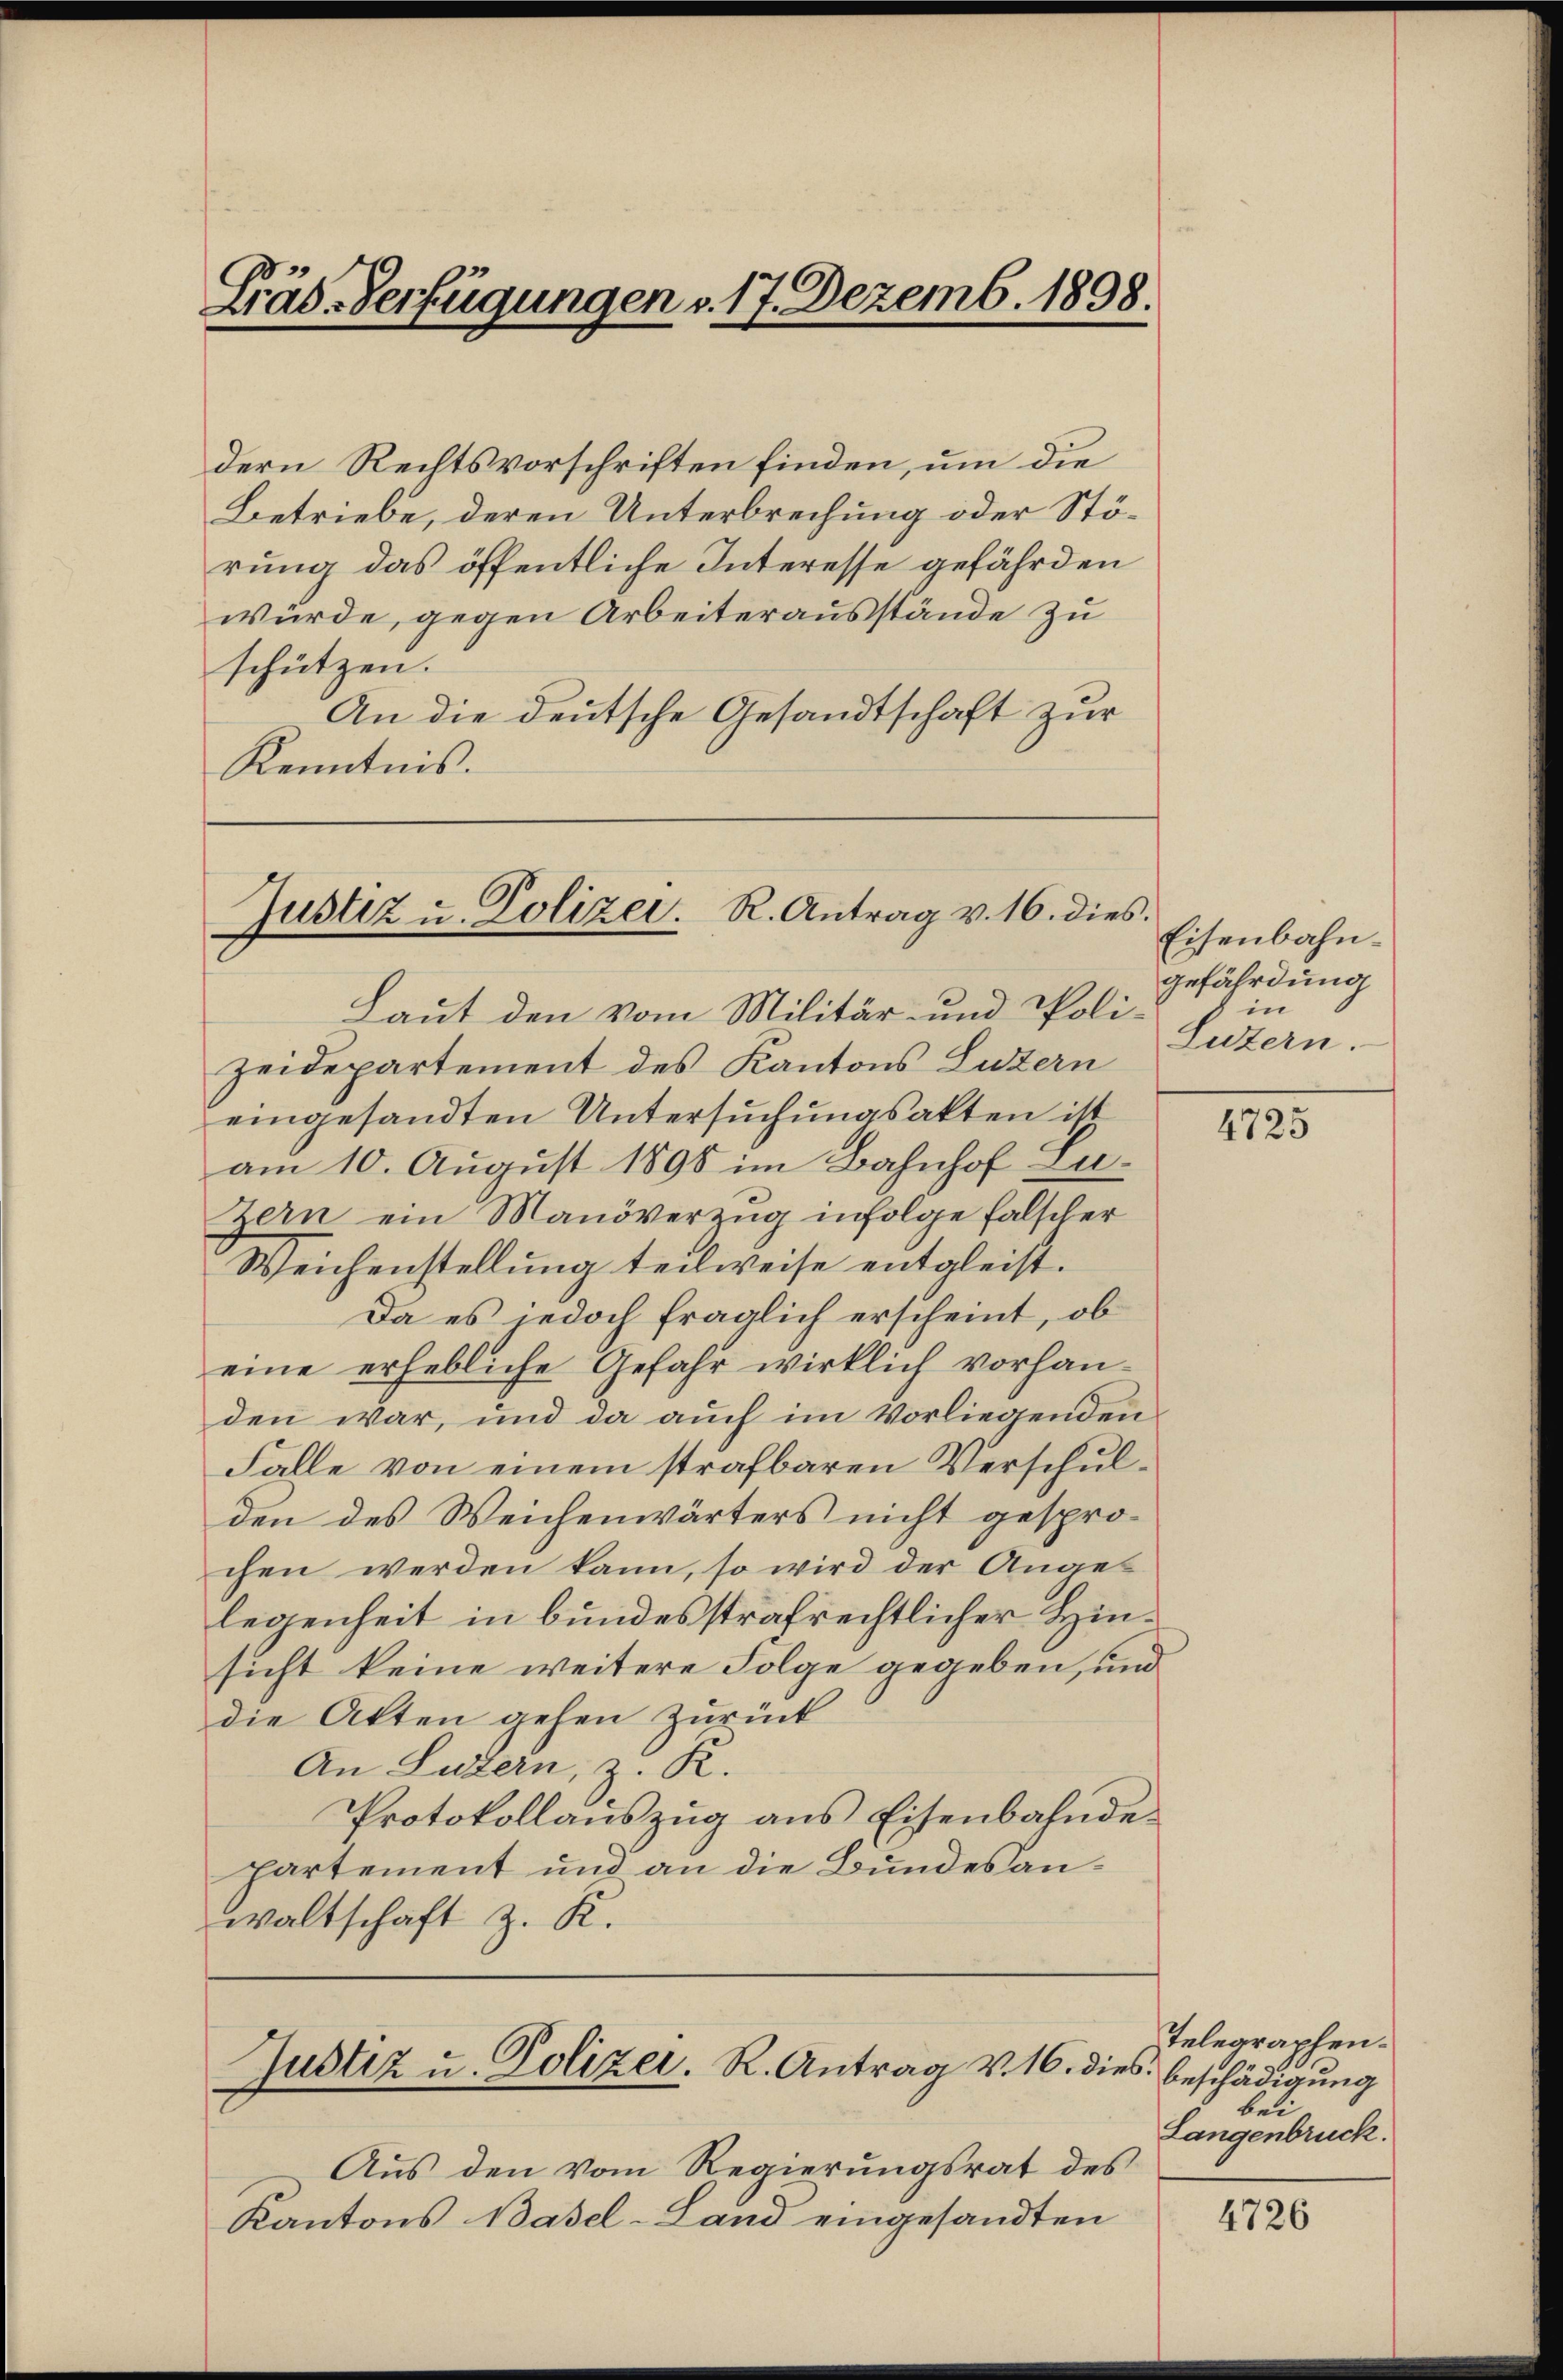
Gräs-Verfügungen v. 17. Dezemb. 1898.

dern Rechtsvorschriften finden, um die
Betriebe, deren Unterbrechung oder Störung das öffentliche Interesse gefährden
würde, gegen Arbeiterausstände zu
schützen.
An die deutsche Gesandtschaft zur
Kenntnis.

Justiz u. Polizei. R. Antrag v. 16. dies

Haut den vom Militär- und Polizeidepartement des Kantons Luzern
eingesandten Untersuchungsakten ist
am 10. August 1890 im Bahnhof Lu¬
Zern ein Manöverzug infolge falscher
Weichenstellung teilweise entgleist.
Da es jedoch fraglich erscheint, ob
eine erhebliche Gefahr wirklich vorhanden war, und da auch im Vorliegenden
Falle von einem strafbaren Verschulden des Weichenwärters nicht gesprochen werden kann, so wird der Anges
legenheit in bundesstrafrechtlicher Hinsicht keine weitere Folge gegeben, und
die Akten gehen zurück
An Luzern, z. R.
Protokollauszug aus Eisenbahnde
partement und an die Bundesanwaltschaft z. K.

Justiz u. Polizer. R. Antrag v. 16. dies beschädigung

Aus den vom Regierungsrat des
Kantons Basel-Land eingesandten

Eisenbahngefährdung
in
Luzern.

4725

Telegraphen.
bei
Langenbruck.

4726